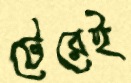
টেরেই